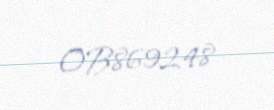
OB869248